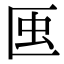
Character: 𧈟